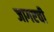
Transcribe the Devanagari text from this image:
जागएची